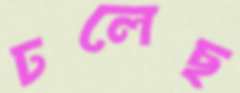
ঢলেছ